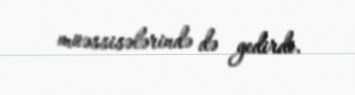
müəssisələrində də gedirdi.